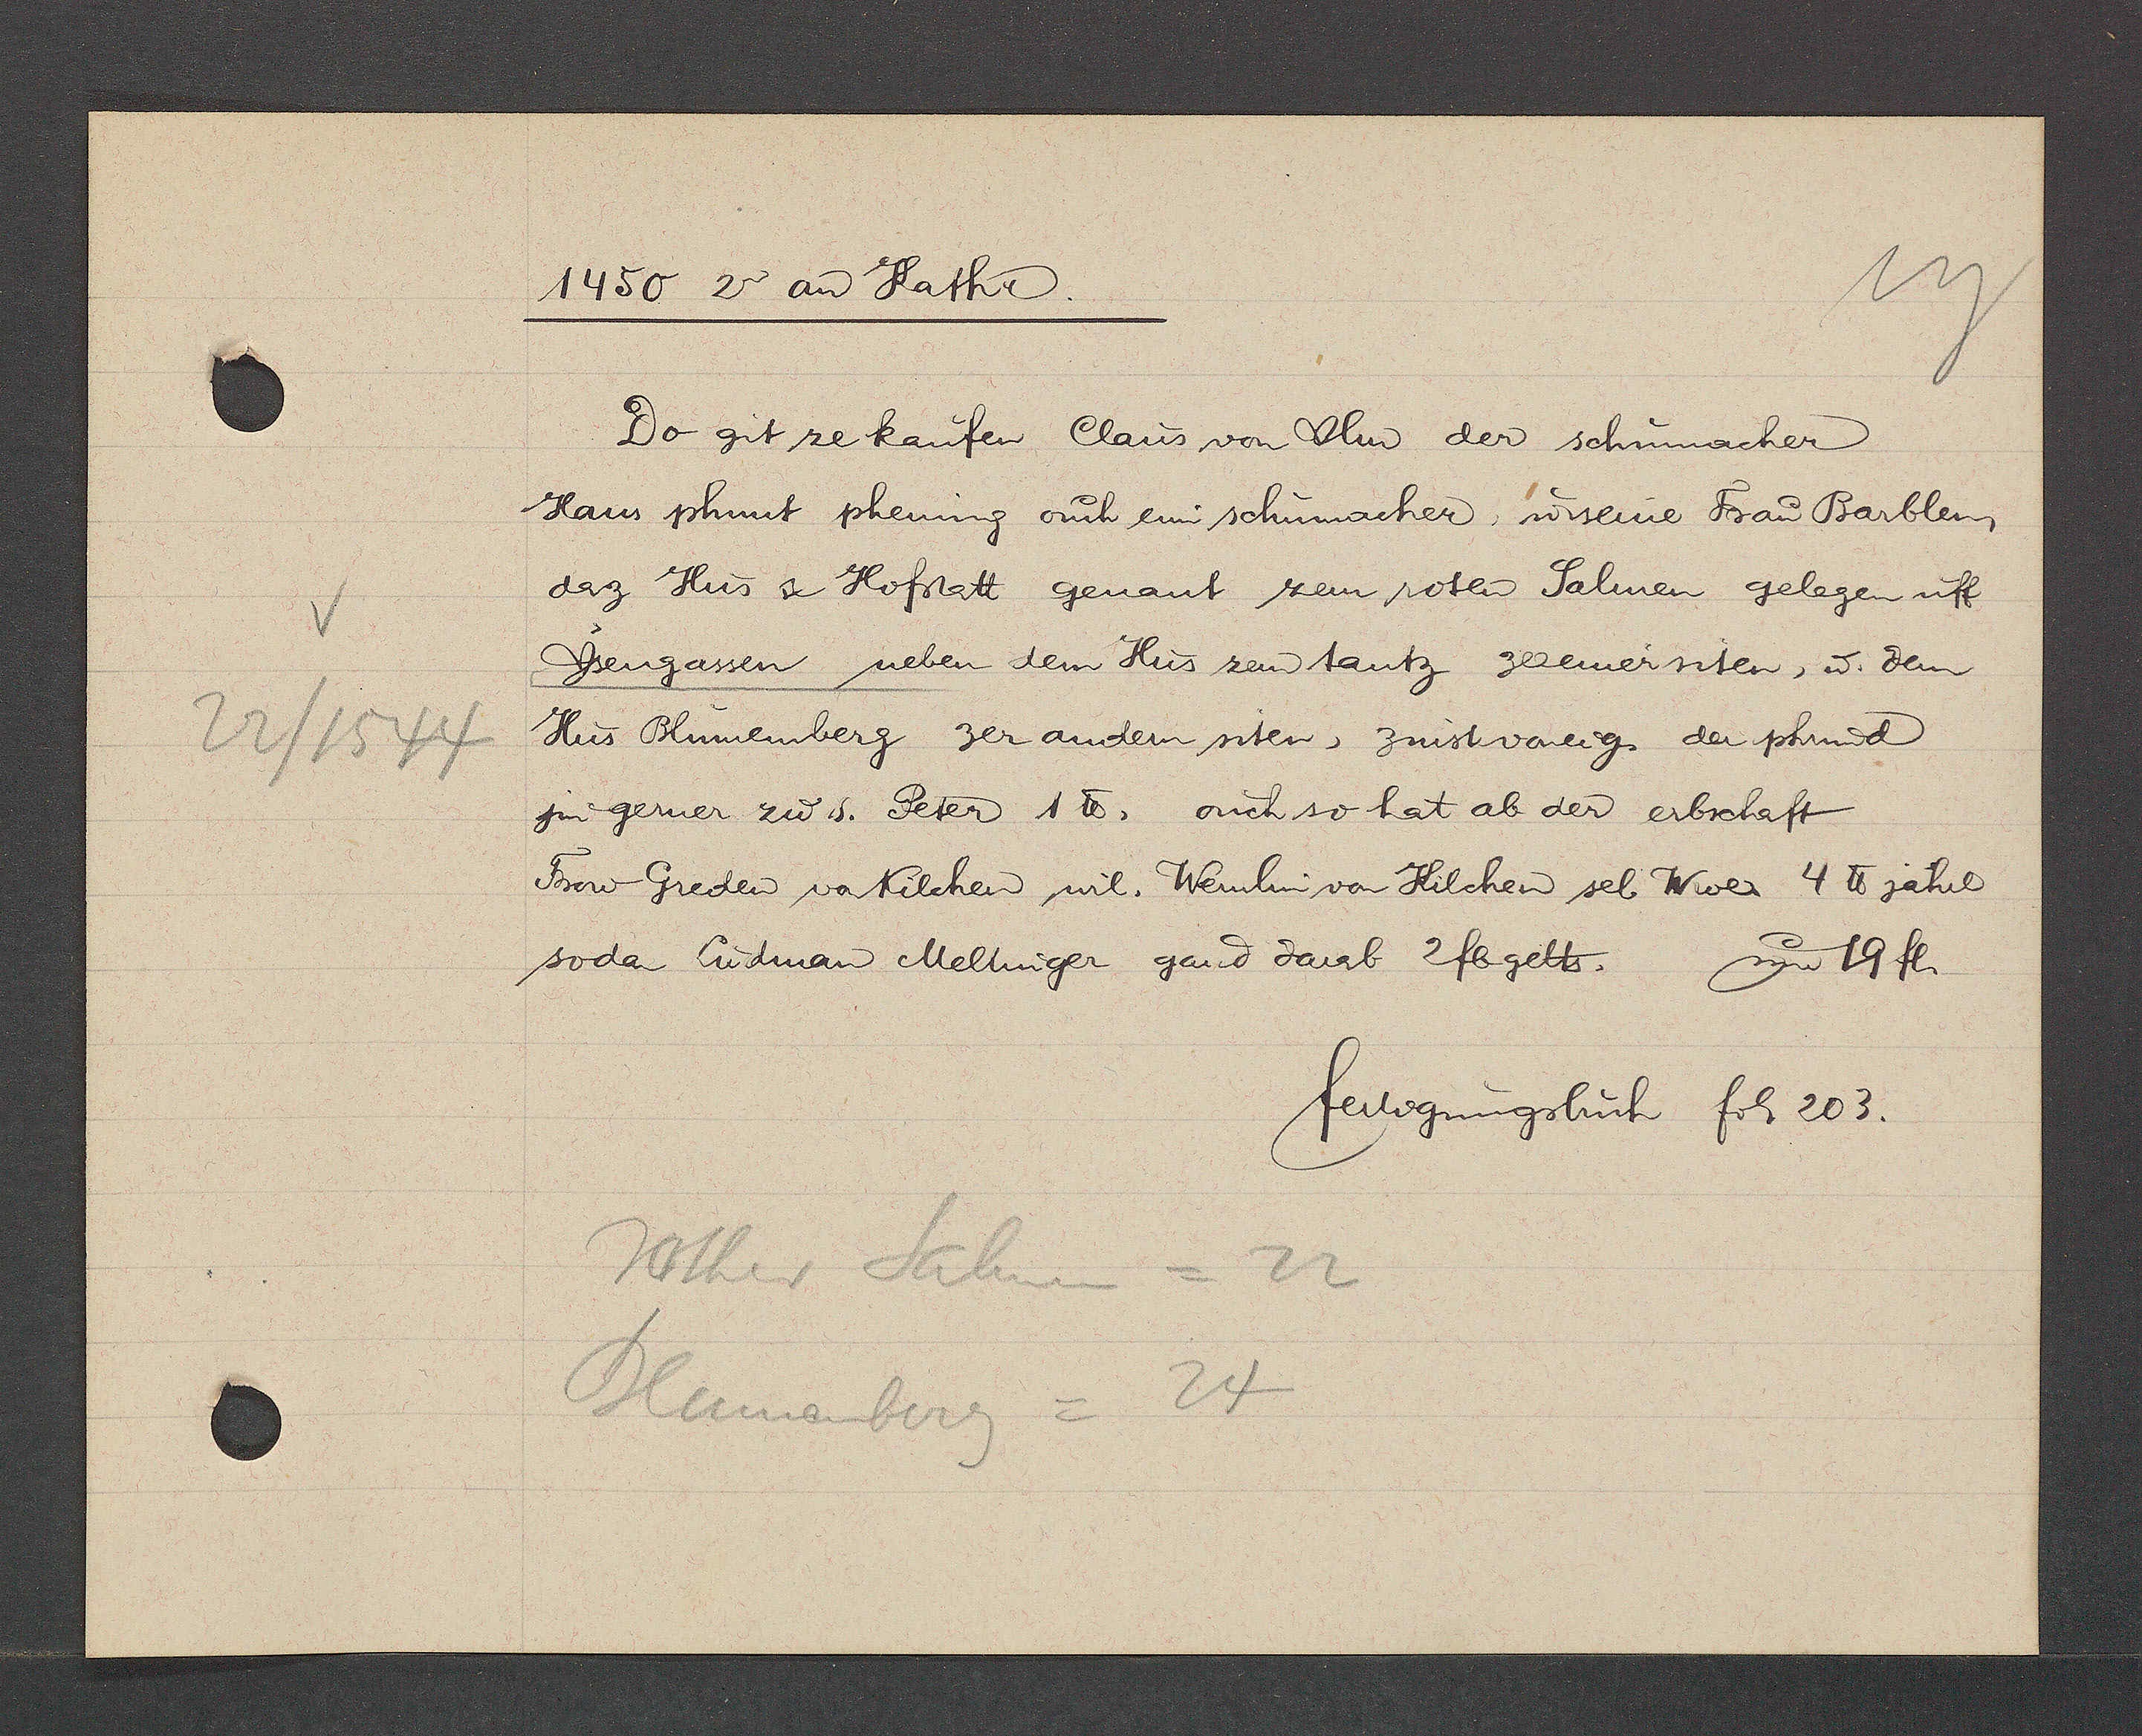
Transcript:
22/1544

1450 2n ante Kathr.
Do git ze kaufen Claus von Ulm der schumacher
Haus phunt phening ouch eim schumacher, ư seine Frau Barblen,
daz Hus & Hofstatt genant zem roten Salmen gelegen uff
Ysengassen neben dem Hus zem tantz zeeiner siten, ư dem
Hus Blumemberg zer andern siten, zinst voneig. der phrund
jm gerner zư. s. Peter 1 ℔. ouch so hat ab der erbschaft
Frow Greden vonkilchen wil. Wernlin von Kilchen sel Wwe. 4 ℔ jährl
sodan Ludman Meltinger gand darab 2fb gelts. um 19 fl.
fertigungsbuch fol. 203.
Rother Salmen = 22
Blumenberg = 24